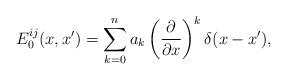
LaTeX: \begin{align*} E^{ij}_{0}(x, x') = \sum_{k = 0}^n a_k \left( \frac{\partial}{\partial x} \right)^k \delta(x - x'), \end{align*}